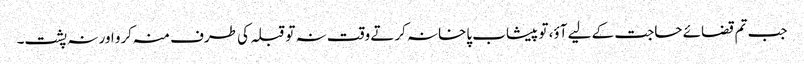
جب تم قضائے حاجت کے لیے آؤ، تو پیشاب پاخانہ کرتے وقت نہ تو قبلہ کی طرف منہ کرو اور نہ پشت۔